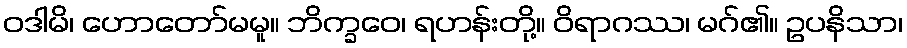
ဝဒါမိ၊ ဟောတော်မမူ။ ဘိက္ခဝေ၊ ရဟန်းတို့။ ဝိရာဂဿ၊ မဂ်၏။ ဥပနိသာ၊